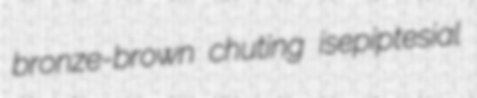
bronze-brown chuting isepiptesial